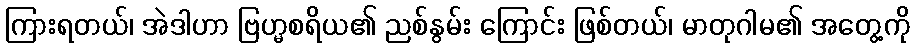
ကြားရတယ်၊ အဲဒါဟာ ဗြဟ္မစရိယ၏ ညစ်နွမ်း ကြောင်း ဖြစ်တယ်၊ မာတုဂါမ၏ အတွေ့ကို